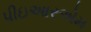
પીઇઆરએમ